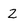
Character: 2